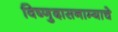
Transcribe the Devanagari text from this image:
विष्णुदासनाम्याचे